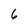
Character: 6